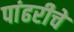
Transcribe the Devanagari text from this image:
पांढरीचे